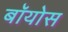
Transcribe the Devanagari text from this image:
बॉयोस